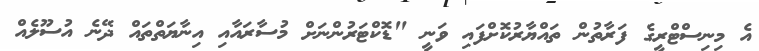
އެ މިނިސްޓްރީގެ ފަރާތުން ތައްޔާރުކޮށްފައި ވަނީ "ޑޮކްޓަރުންނަށް މުސާރައާއި އިނާޔަތްތައް ދޭނެ އުސޫލެއް